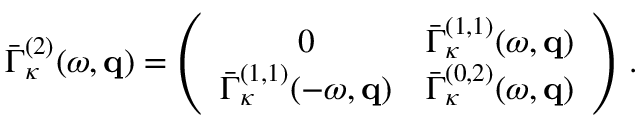
\bar { \Gamma } _ { \kappa } ^ { ( 2 ) } ( \omega , { \bf q } ) = \left( \begin{array} { c c } { 0 } & { \bar { \Gamma } _ { \kappa } ^ { ( 1 , 1 ) } ( \omega , { \bf q } ) } \\ { \bar { \Gamma } _ { \kappa } ^ { ( 1 , 1 ) } ( - \omega , { \bf q } ) } & { \bar { \Gamma } _ { \kappa } ^ { ( 0 , 2 ) } ( \omega , { \bf q } ) } \end{array} \right) \, .